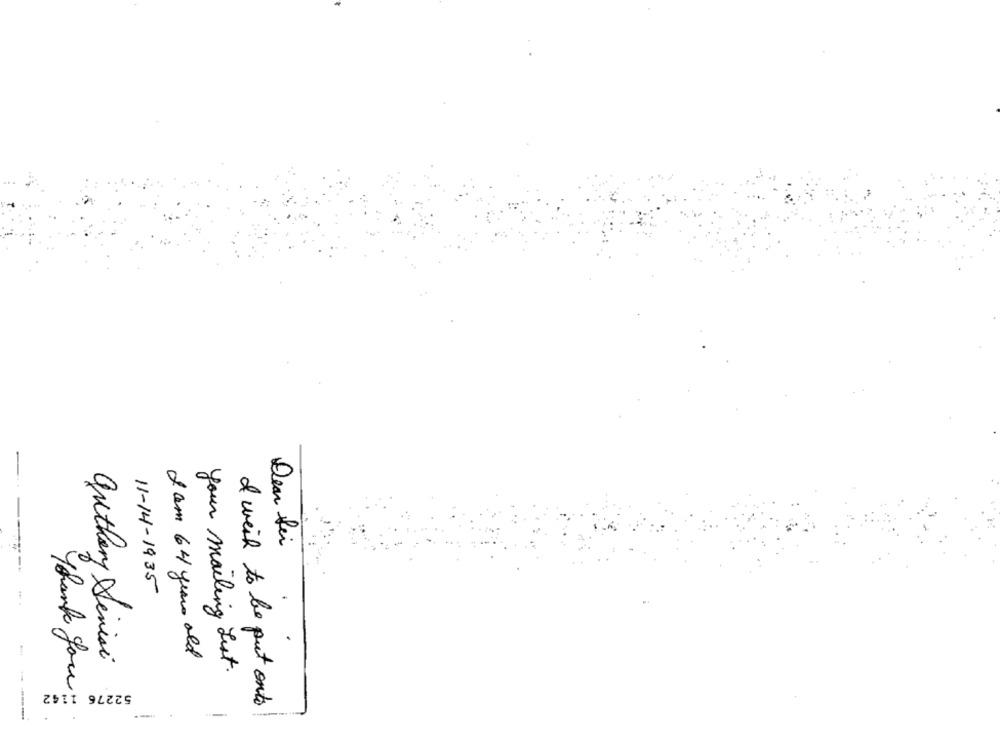
-
Den fei
11-14-1935
authory Sinisi
I am 64 years old
your mailing List .
52276 1142
Thank you!
I wish to be put onto
-----
.